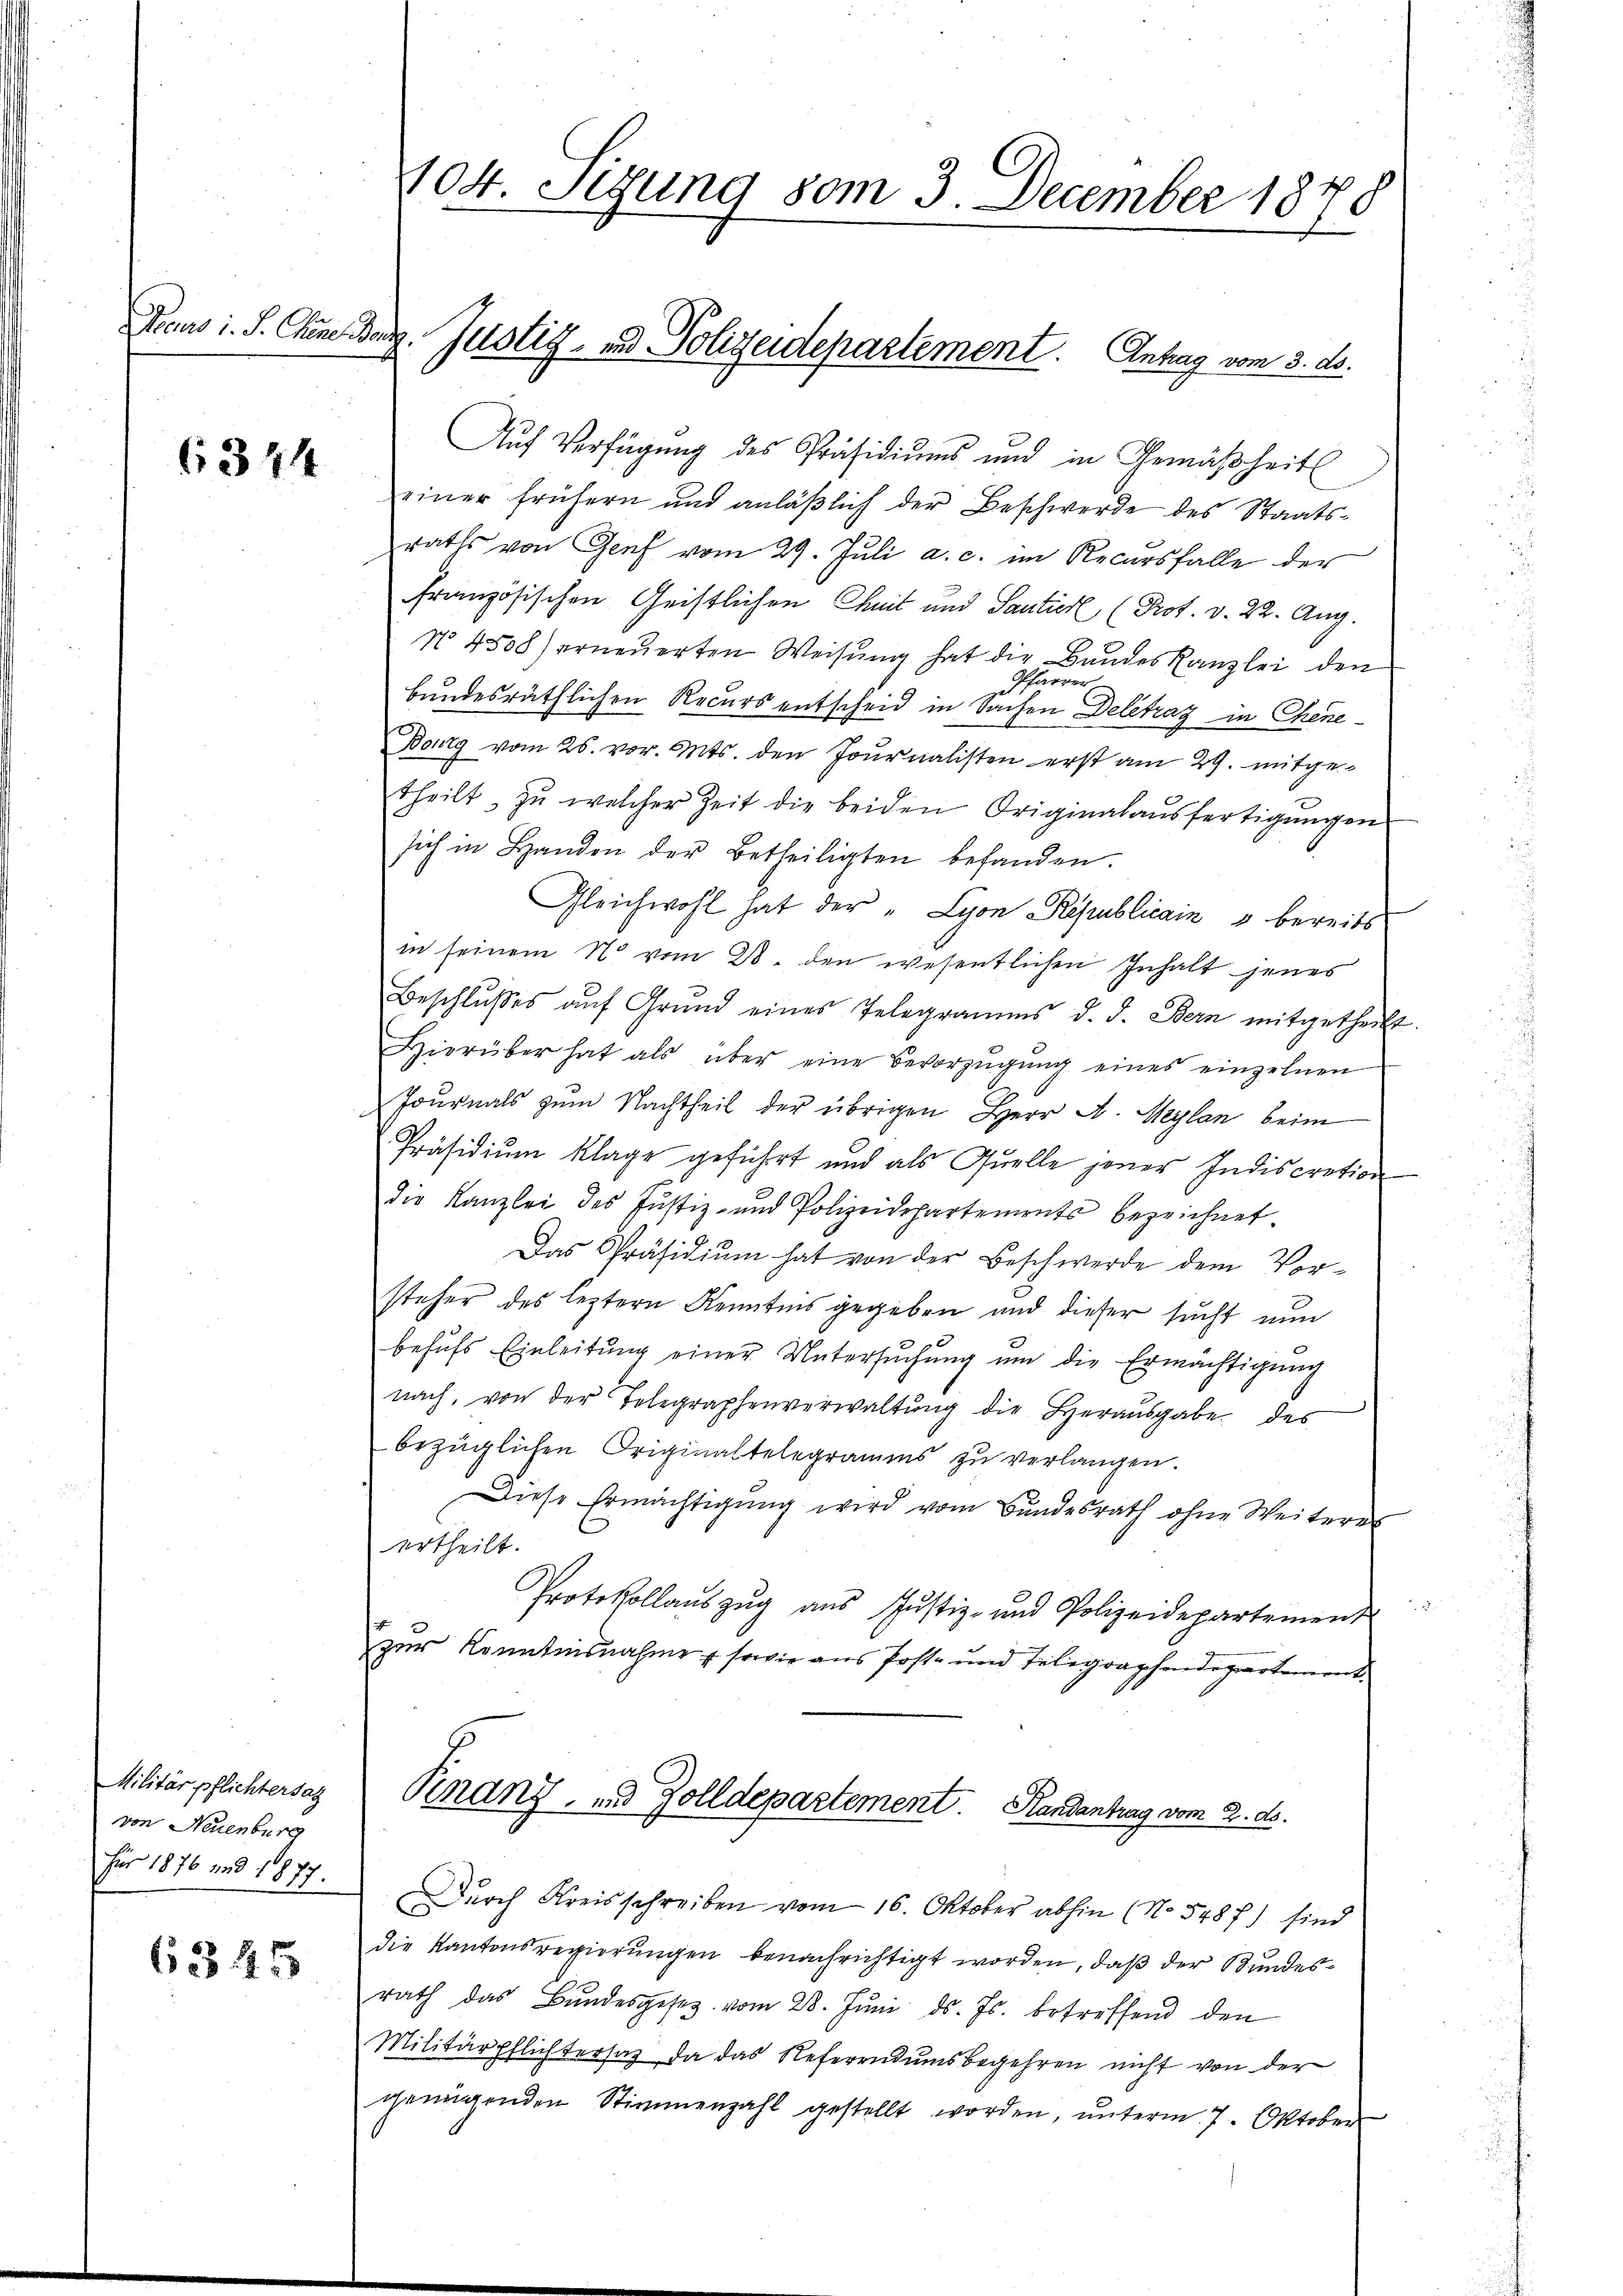
6344

Militärpflichtersatz
von Neuenburg
Für 1876 und 1877.

6345

104. Sitzung vom 3. December 1870

Auf Verfügung des Präsidiums und in Gemäßheits
einer frühern und anläβlich der Beschwerde des Staatsraths von Genf vom 29. Jŭli a. c. im Recursfalle der
französischen Geistlichen Chait und Santier (Prot. v. 22. Aug.
N° 4508) erneuerten Weisung hat die Bandeskanzlei den
Pfarrer,
bundesräthlichen Recurs entscheid in Sachen Delitrag in Chene
Bourg vom 26. vor. Mts. den Journalisten erst am 29. mitgetheilt, zŭ welcher Zeit die beiden Originalaŭsfertigŭngen
sich in Handen der Betheiligten befanden.
Gleichwohl hat der " Lyon Republicain u bereits
in seinem N. vom 28. den wesentlichen Inhalt jenes
Beschlŭsses aŭf Grŭnd eines Telegramms d. d. Bern mitgetheilt.
Hierüber hat als über eine Bevorzŭgŭng eines einzelnen
Journals zum Nachtheil der übrigen Herr A. Maylan beim
Präsidium klage geführt und als Quelle jener Indiscretion
die Kanzlei des Justiz- und Polizeidepartements bezeichnet.
Das Präsidium hat von der Beschwerde dem Vorsteher des leztern Kenntnis gegeben und dieser sucht nun
behŭfs Einleitŭng einer Untersŭchŭng ŭm die Ermächtigŭng
nach, von der Telegraphenverwaltŭng die Heraŭsgabe des
bezüglichen Originaltelegramms zu verlangen.
Diese Ermächtigŭng wird vom Bundesrath ohne Weiteres
ertheilt.
Protokollaŭszŭg aŭs Jŭstiz- und Polizeidepartement
zur Kenntnisnahme, sowie aus Post- und Telegraphendepartement
Rinanz, u. Zolldepartement. Handantrag vom 2. ds.

Decurs i. S. Chine ag. Justiz- und Polizeidepartement. Antrag vom 3. ds.

Durch Kreisschreiben vom 16. Oktober abhin (No 5487) sind
die Kantonsregierungen benachrichtigt worden, daß der Bundesrath das Bŭndesgesetz vom 28. Jŭni d. Js. betreffend den
Militärpflichtersaz da das Referendumsbegehren nicht von der
genügenden Stimmenzahl gestellt worden, ŭnterm 7. Oktober